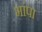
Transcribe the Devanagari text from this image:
भांपा